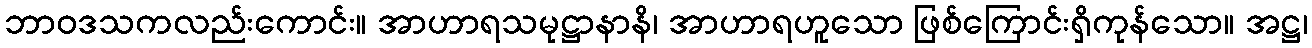
ဘာဝဒသကလည်းကောင်း။ အာဟာရသမုဋ္ဌာနာနိ၊ အာဟာရဟူသော ဖြစ်ကြောင်းရှိကုန်သော။ အဋ္ဌ၊